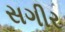
સગીર